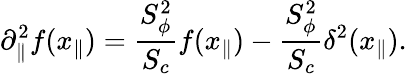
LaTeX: \partial_{\| }^{2}f(x_{\| })={\frac{S_{\phi}^{2}}{S_{c}}}f(x_{\| })-{\frac{S_{\phi}^{2}}{S_{c}}}\delta^{2}(x_{\| }).